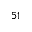
^ { 5 1 }